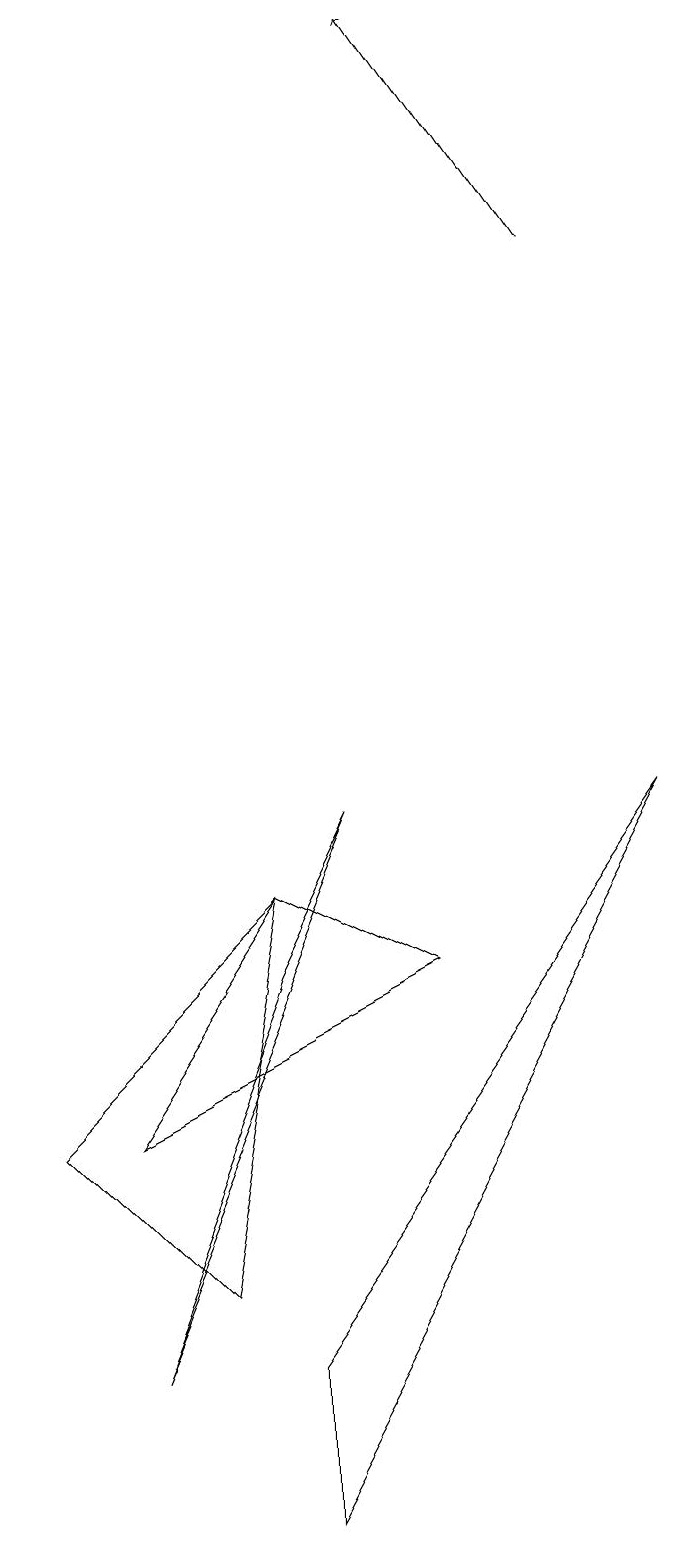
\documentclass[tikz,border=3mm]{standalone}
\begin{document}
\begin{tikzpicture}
\draw (8,9) -- (3,2) -- (3,0) -- cycle;
\draw[->] (7,16) -- (5,19);
\draw (1,2) -- (4,9) -- (3,7) -- cycle;
\draw (0,5) -- (2,3) -- (3,8) -- cycle;
\draw (3,8) -- (1,5) -- (5,7) -- cycle;
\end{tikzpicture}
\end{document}